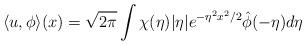
LaTeX: \begin{align*} \langle u,\phi \rangle(x) = \sqrt{2\pi}\int \chi(\eta)\vert\eta\vert e^{-\eta^2x^2/2} \hat{\phi}(-\eta)d\eta\end{align*}